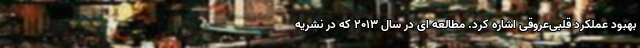
بهبود عملکرد قلبی‌عروقی اشاره کرد. مطالعه ای در سال 2013 که در نشریه